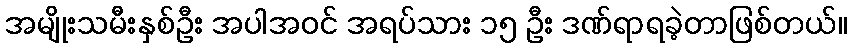
အမျိုးသမီးနှစ်ဦး အပါအဝင် အရပ်သား ၁၅ ဦး ဒဏ်ရာရခဲ့တာဖြစ်တယ်။